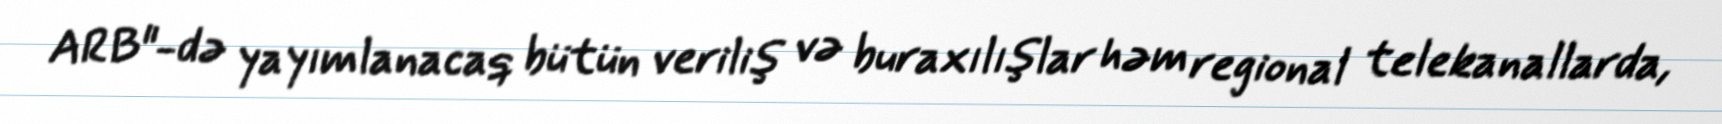
ARB"-də yayımlanacaq bütün veriliş və buraxılışlar həm regional telekanallarda,